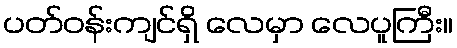
ပတ်ဝန်းကျင်ရှိ လေမှာ လေပူကြီး။